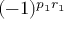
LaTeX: ( - 1 ) ^ { p _ { 1 } r _ { 1 } }